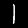
Label: 1